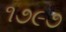
૧૭૯૭